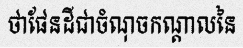
ថាផែនដីជាចំណុចកណ្តាលនៃ